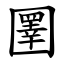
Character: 圛